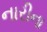
નારીના